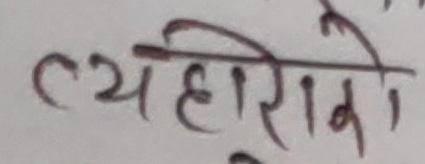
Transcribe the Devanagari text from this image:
त्यहारको